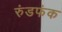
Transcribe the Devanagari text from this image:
रुंडफंक